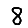
Digit: 8